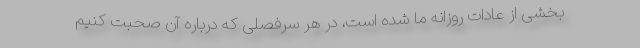
بخشی از عادات روزانه ما شده است، در هر سرفصلی که درباره آن صحبت کنیم